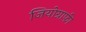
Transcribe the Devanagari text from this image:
जियोग्राफी